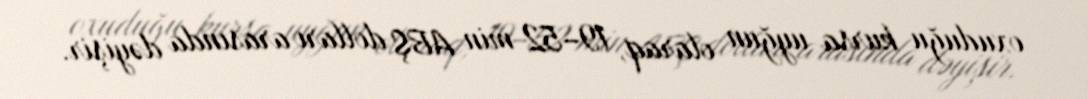
oxuduğu kursa uyğun olaraq, 19–52 min ABŞ dolları arasında dəyişir.